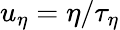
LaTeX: u_{\eta}=\eta/\tau_{\eta}